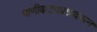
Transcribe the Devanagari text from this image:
पाणीवाटपप्रश्नावरून